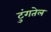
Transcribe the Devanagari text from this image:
टुंगतेल